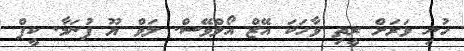
ހުނި ވަރަށް ރީތި ވާހަކަ އޭޒް އޯލްވޭސް. ލަވް ޔޫ ފުނަމާ. ކީޕް